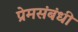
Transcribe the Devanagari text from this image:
प्रेमसंबंधी